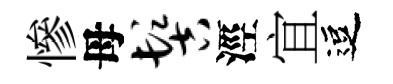
慘母髻涇宜逗